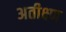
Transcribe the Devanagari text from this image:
अतीक्ष्ण